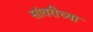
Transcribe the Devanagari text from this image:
सांवरीच्या